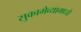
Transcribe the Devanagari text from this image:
सुकामेव्यामध्ये